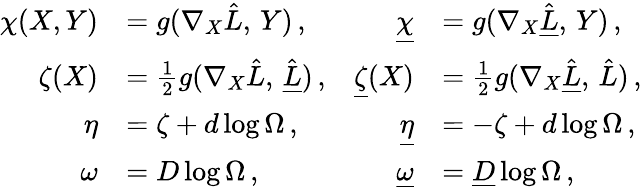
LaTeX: \begin{array}{rlrl}{\chi(X,Y)}&{=g(\nabla_{X}\hat{L},\, Y)\, ,}&{\underline{{\chi}}}&{=g(\nabla_{X}\hat{\underline{{L}}},\, Y)\, ,}\\ {\zeta(X)}&{=\frac{1}{2}g(\nabla_{X}\hat{L},\, \hat{\underline{{L}}})\, ,}&{\underline{{\zeta}}(X)}&{=\frac{1}{2}g(\nabla_{X}\hat{\underline{{L}}},\, \hat{L})\, ,}\\ {\eta}&{=\zeta+d\log\Omega\, ,}&{\underline{{\eta}}}&{=-\zeta+d\log\Omega\, ,}\\ {\omega}&{=D\log\Omega\, ,}&{\underline{{\omega}}}&{=\underline{{D}}\log\Omega\, ,}\end{array}